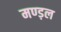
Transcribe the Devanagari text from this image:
मण्ड़ल